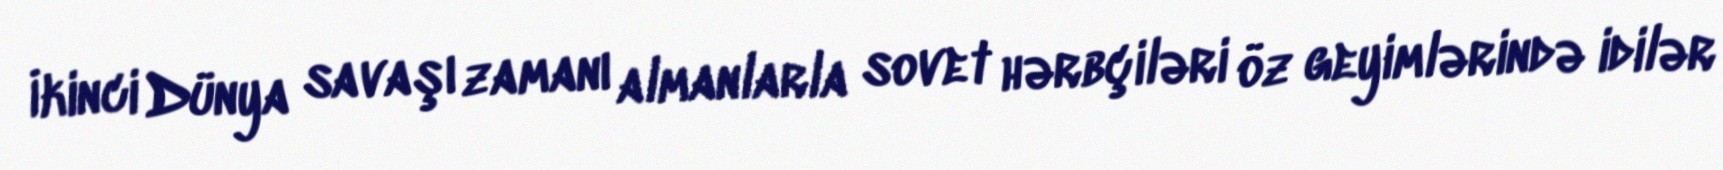
İkinci Dünya savaşı zamanı almanlarla sovet hərbçiləri öz geyimlərində idilər